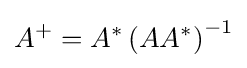
A^{+}=A^{*}\left(AA^{*}\right)^{-1}